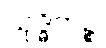
သုဒ္ဓိကဉ္စ